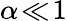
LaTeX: \alpha\! \ll\! 1